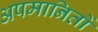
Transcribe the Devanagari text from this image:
अपमानितों